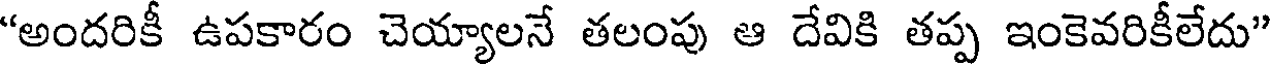
"అందరికీ ఉపకారం చెయ్యాలనే తలంపు ఆ దేవికి తప్ప ఇంకెవరికీలేదు"